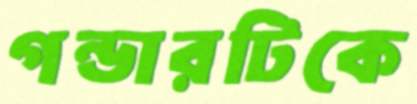
গন্ডারটিকে